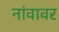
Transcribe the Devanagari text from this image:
नांवावर